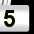
Digit: 5